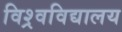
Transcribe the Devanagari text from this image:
विश्र्वविद्यालय